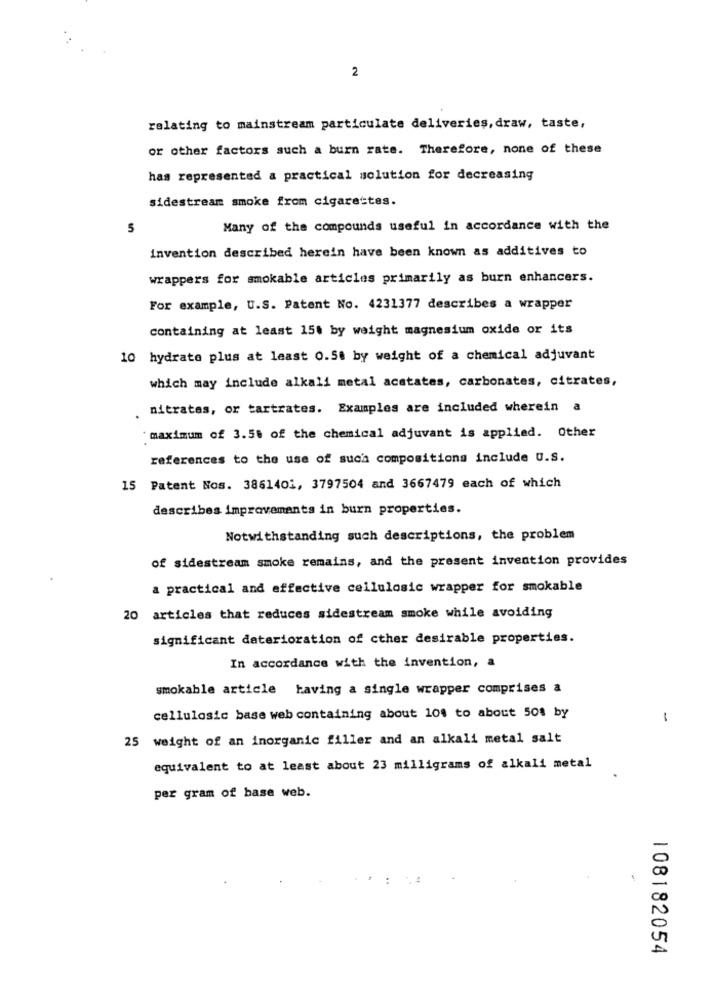
2
relating to mainstream particulate deliveries, draw, taste,
or other factors such a burn rate. Therefore, none of these
has represented a practical solution for decreasing
sidestream smoke from cigarettes.
5
Many of the compounds useful in accordance with the
invention described herein have been known as additives to
wrappers for smokable articles primarily as burn enhancers.
For example, U.S. Patent No. 4231377 describes a wrapper
containing at least 15. by weight magnesium oxide or its
10 hydrate plus at least 0.50 by weight of a chemical adjuvant
which may include alkali metal acetates, carbonates, citrates,
nitrates, or tartrates. Examples are included wherein a
maximum of 3.58 of the chemical adjuvant is applied. Other
references to the use of such compositions include U.S.
15 Patent Nos. 386140 :, 3797504 and 3667479 each of which
describes improvements in burn properties.
Notwithstanding such descriptions, the problem
of sidestream smoke remains, and the present invention provides
a practical and effective cellulosic wrapper for smokable
20 articles that reduces sidestream smoke while avoiding
significant deterioration of cther desirable properties.
In accordance with the invention, a
smokable article having a single wrapper comprises a
cellulosic base web containing about 104 to about 508 by
-
25 weight of an inorganic filler and an alkali metal salt
equivalent to at least about 23 milligrams of alkali metal
per gram of base web.
108182054